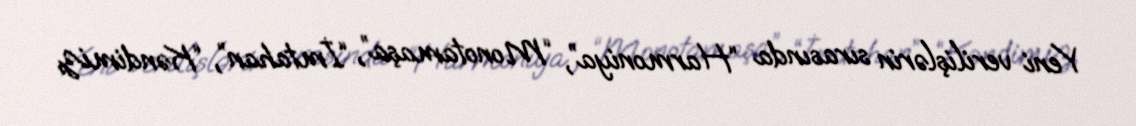
Yeni verilişlərin sırasında “Harmoniya”, “Monotamaşa”, “İmtahan”, “Kəndimiz,